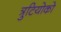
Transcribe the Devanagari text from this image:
त्रुटियोको